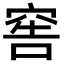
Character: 窖